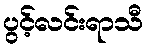
ပွင့်လင်းရာသီ